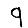
Digit: 9